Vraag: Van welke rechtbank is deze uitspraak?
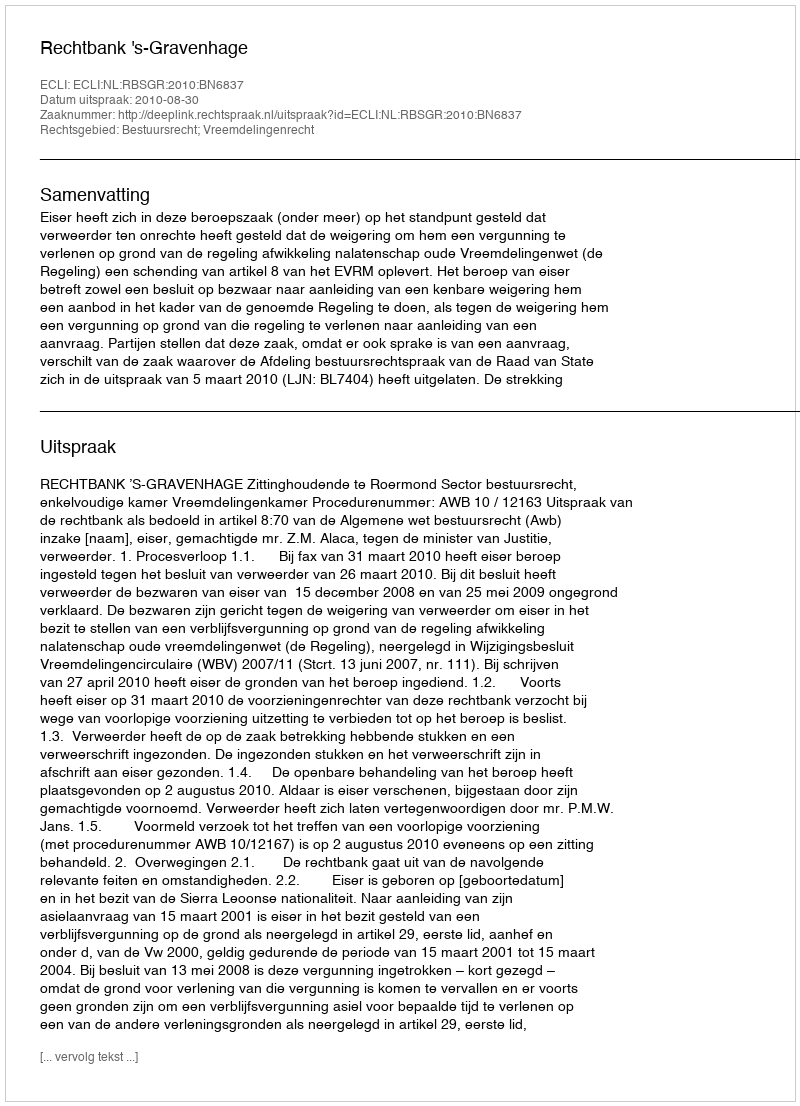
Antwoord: Rechtbank 's-Gravenhage